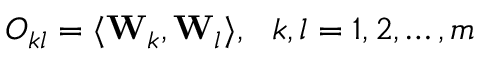
O _ { k l } = \langle { \bf W } _ { k } , { \bf W } _ { l } \rangle , ~ ~ k , l = 1 , 2 , \ldots , m